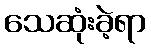
သေဆုံးခဲ့ရာ